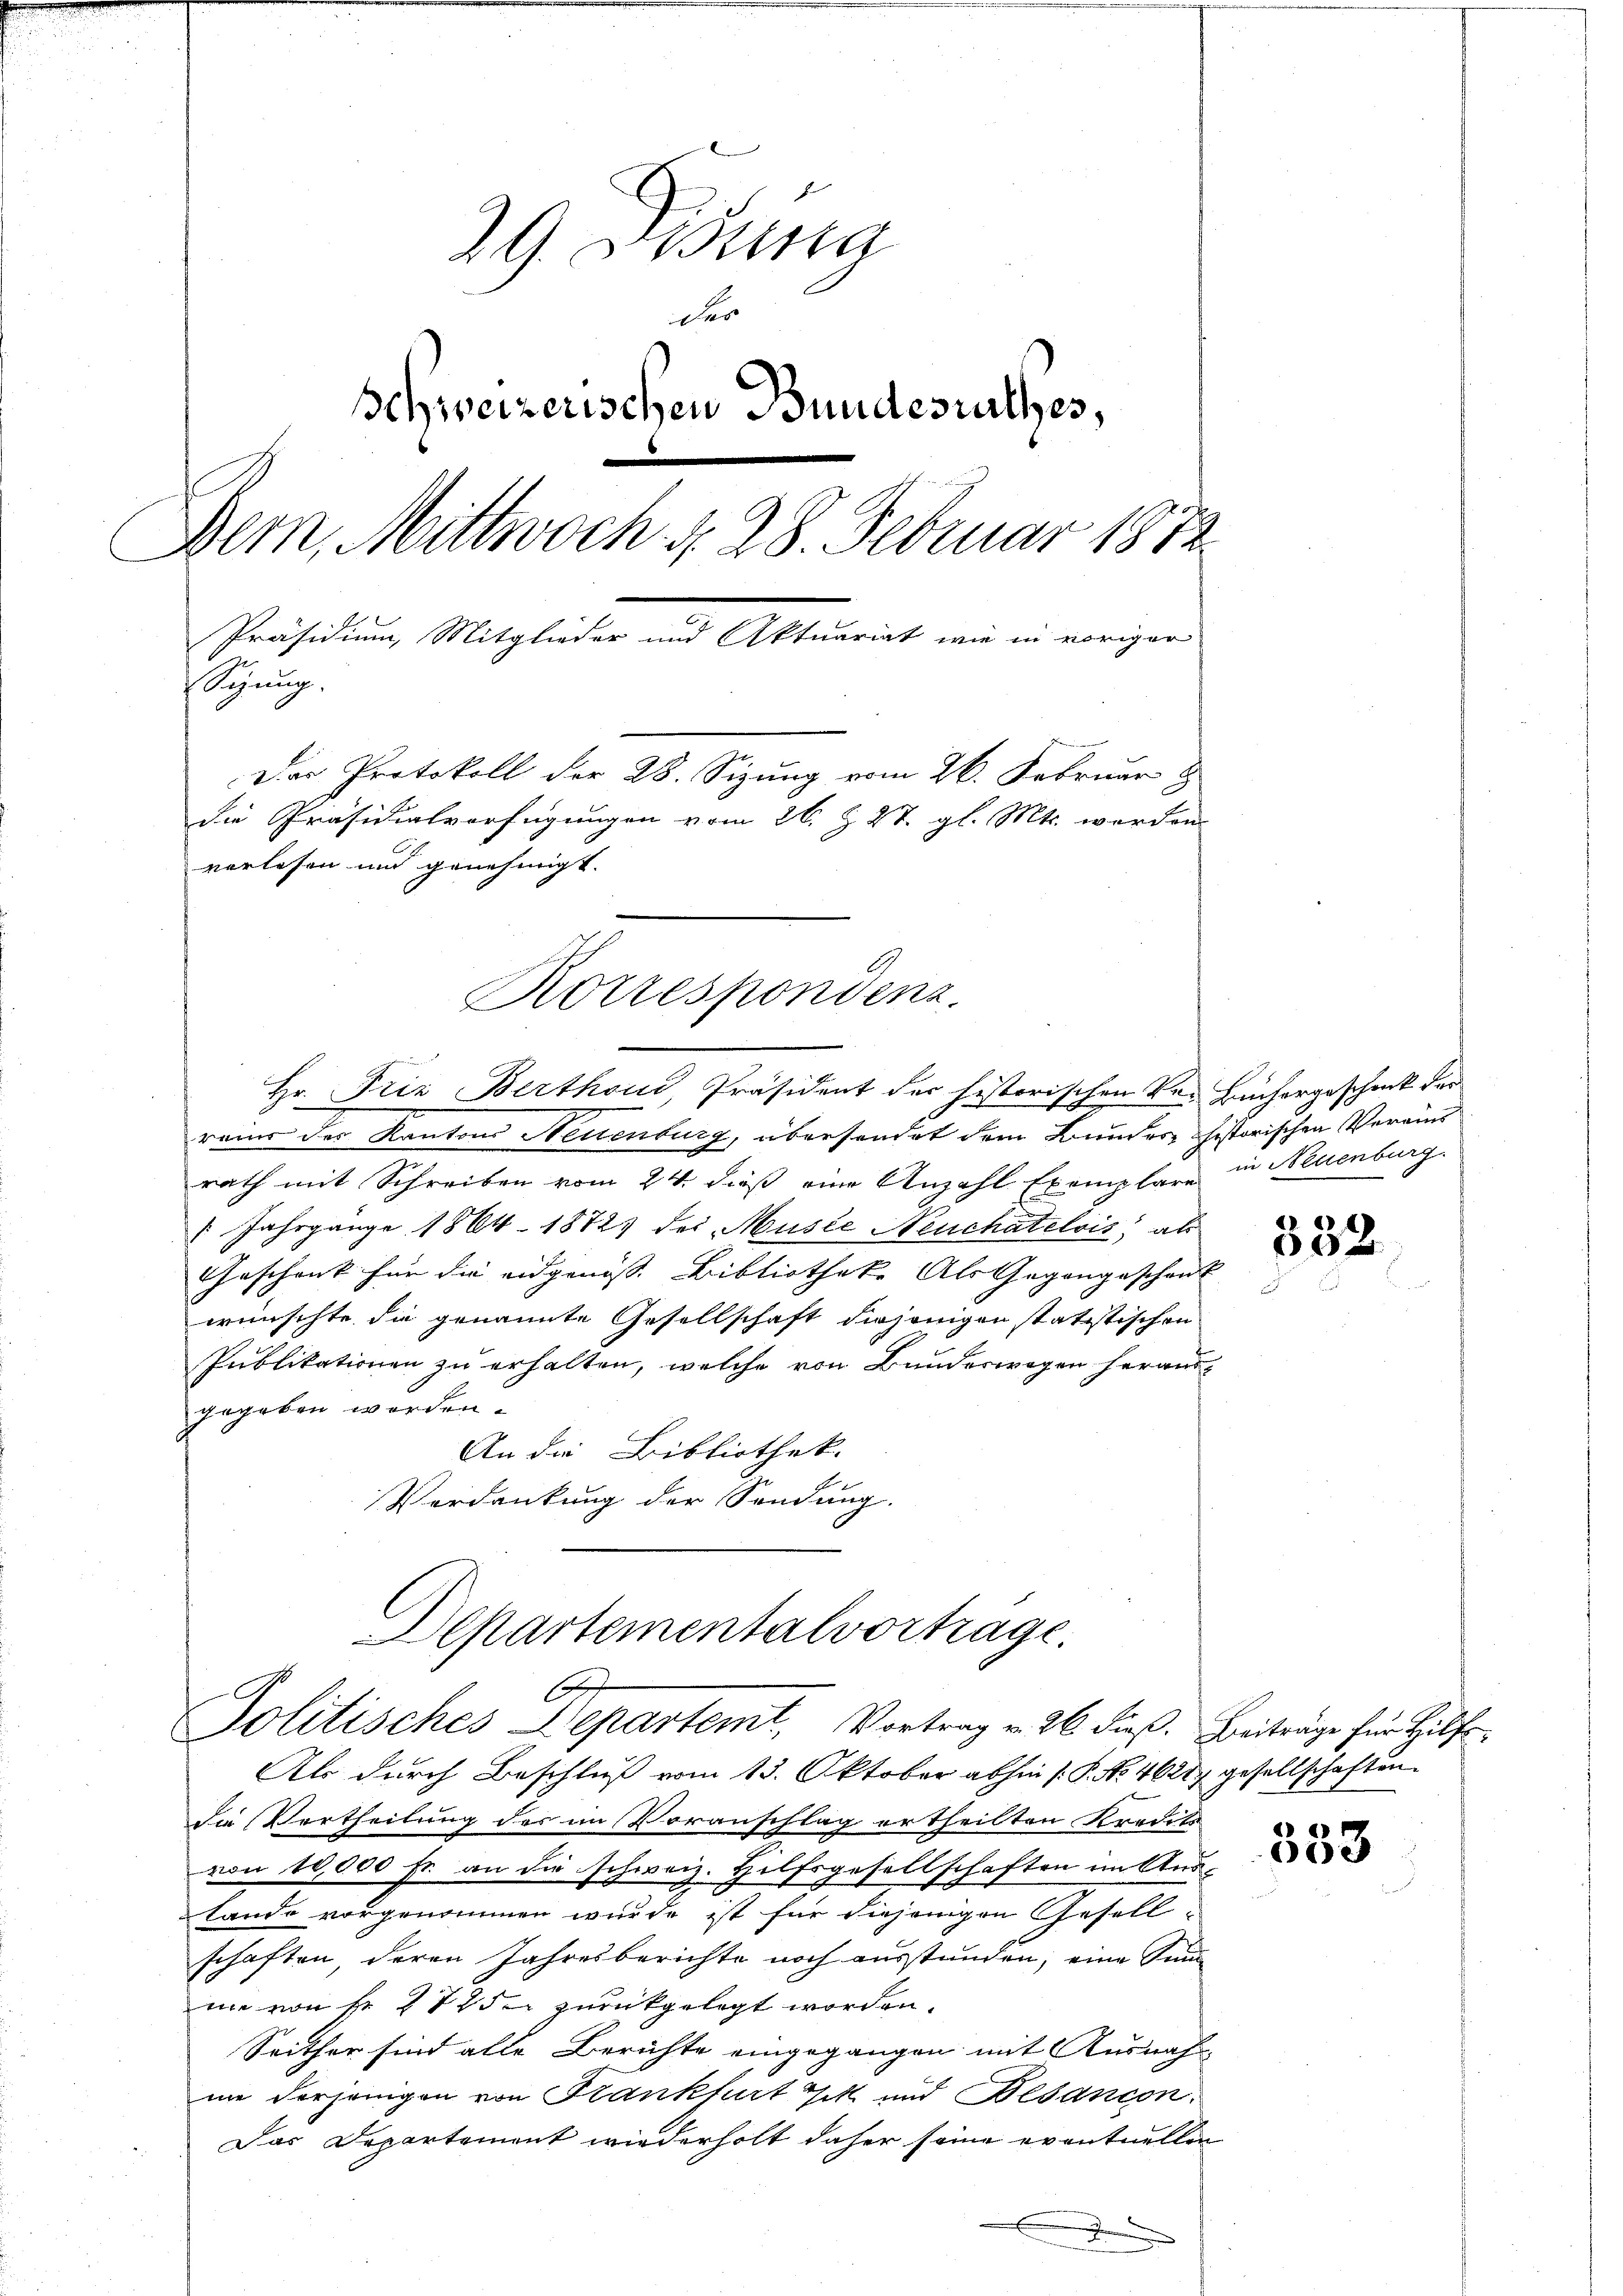
29. Bestina
der
Schweizerischen Bundesrathes,
Dem Mittwoch § 28. Februar 1872
Präsidium, Mitglieder und Aktuariat wie in voriger
Sitzung.
Der Protokoll der 28. Sizung vom 26. Februar 8
die Präsidialverfügungen vom 26. Z. 27. gl. Mts. worden.
vorlesen und genehmigt.

reis des Kantons Neuenburg, übersendet dem Bundes historischen Vereins
rath mit Schreiben vom 24. dieß eine Anzahl Exemplare
 Jahrgänge 1864. 18727 des Musee Neuchatelvis; als
Geschenk für die eidgenöss. Bibliotheke Als Gegengeschont
wünschte die genannte Gesellschaft diejenigen statistischen
Publikationen zu erhalten, welche von Bundeswegen herausgegeben worden.
An die Bibliothek.
Verdankung der Sendung.
Departementalvortrage.
E

Hr. Prie Berthoud Präsident der historischen Vor Büchergeschenk der

Korrespondenz.

Politisches Departemt, Vortrag v. 26. dieß. Beiträge für Hilfs¬

Als durch Beschluß vom 13. Oktober abhin (: P. No. 4621. gesellschaften.
Die Vertheilung des im Voranschlag ertheilten Kredits
von 10,000 Fr. an die schweiz. Hilfsgesellschaften in Ande¬
Lande vorgenommen wurde ist für diejenigen Gesell-
schaften, deren Jahresberichte noch ausstunden, eine Sum
me von Fr. 272 der zurückgelegt worden.
Seither sind alle Berichte eingegangen mit Ausnah
me derjenigen von Krankfurt Zitt und Besancon
Das Departement wiederholt daher seine eventuellen

in Neuenburg.

332

553